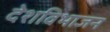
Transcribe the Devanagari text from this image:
देशविभाजन